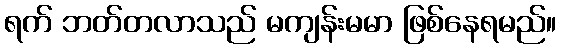
ရက် ဘတ်တလာသည် မကျန်းမမာ ဖြစ်နေရမည်။